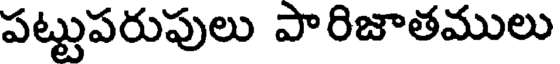
పట్టుపరుపులు పారిజాతములు